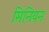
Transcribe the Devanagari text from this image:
मिनियन